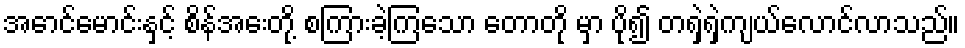
အောင်မောင်းနှင့် စိန်အေးတို့ စကြားခဲ့ကြသော တောတို မှာ ပို၍ တရှဲရှဲကျယ်လောင်လာသည်။